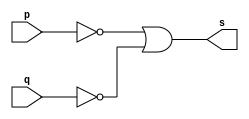
// Exemplo0009
// Nome: Gustavo Barbosa

module nand2 (output s,input p,input q);

 assign s = ((~p)|(~q));
 
endmodule

module testenand;

 reg a,b;
 wire s;
 
 nand2 nand1 (s,a,b);
 
 initial begin: start
   a=0; b=0;
  end

 initial begin
   $display("Teste NAND");
   $display("\n(~p)|(~q)\n");
   $monitor("  %b   %b %b",s,a,b);

   #1 a=0;b=1;
   #1 a=1; b=0;
   #1 a=1; b=1;
  end
endmodule